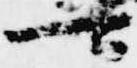
可